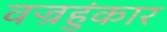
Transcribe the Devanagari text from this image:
वज्रहुंकार